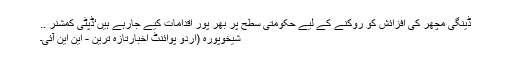
ڈینگی مچھر کی افزائش کو روکنے کے لیے حکومتی سطح پر بھر پور اقدامات کیے جارہے ہیں‘ڈپٹی کمشنر ..
شیخوپورہ (اُردو پوائنٹ اخبارتازہ ترین - این این آئی۔